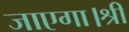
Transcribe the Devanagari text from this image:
जाएगा।श्री